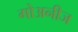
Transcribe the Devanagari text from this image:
गोअनीज